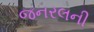
જનરલની